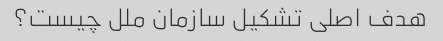
هدف اصلی تشکیل سازمان ملل چیست؟